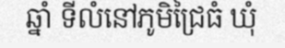
ឆ្នាំ ទីលំនៅភូមិជ្រៃធំ ឃុំ